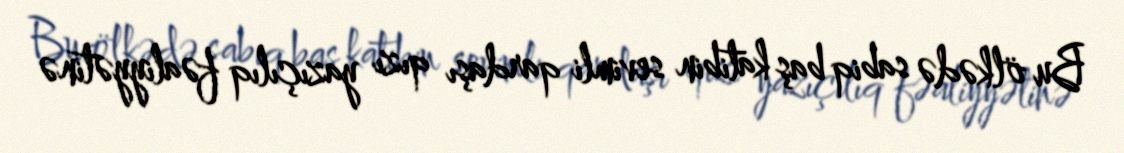
Bu ölkədə sabiq baş katibin sevimli qardaşı qızı yazıçılıq fəaliyyətinə